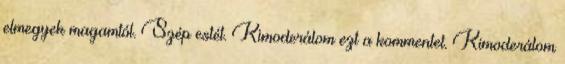
elmegyek magamtól. Szép estét. Kimoderálom ezt a kommentet. Kimoderálom